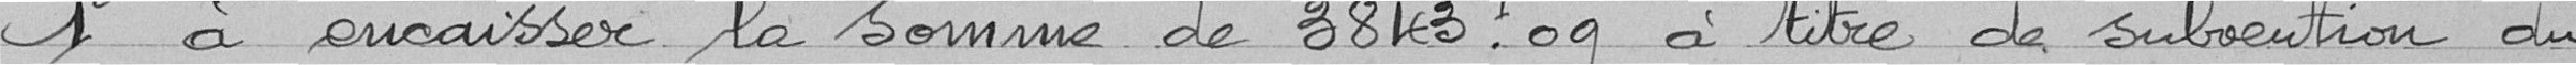
1° à encaisser la somme de 3843 francs 09 à titre de subvention du